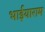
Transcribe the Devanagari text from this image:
भाईयाराम